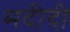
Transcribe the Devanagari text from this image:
मदीदी